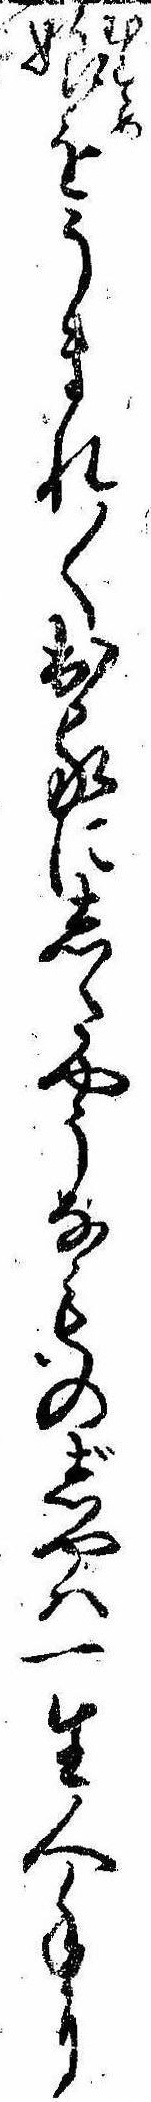
娘をうまれ〱出家にしたやうなものじやは一生人手に